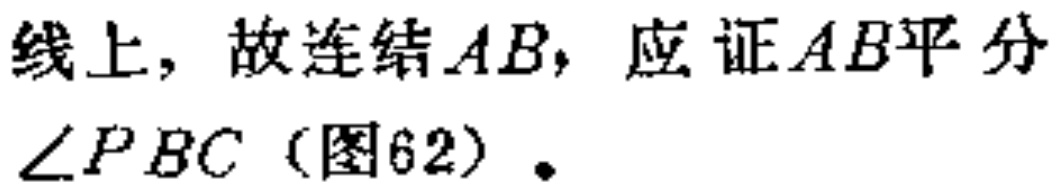
线上，故连结\(AB\)，应证\(AB\)平分\(\angle PBC\)（图62）.